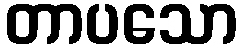
တာပသော